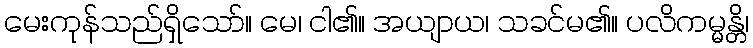
မေးကုန်သည်ရှိသော်။ မေ၊ ငါ၏။ အယျာယ၊ သခင်မ၏။ ပလိကမ္မန္တိ၊